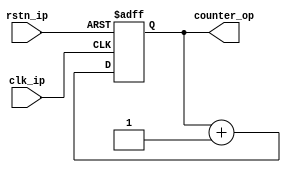
module hardware_counter(
    input clk_ip,
    input rstn_ip,
    output [31:0] counter_op
);

    reg [31:0] cycles;

    always @(posedge clk_ip or negedge rstn_ip) begin
        if(!rstn_ip)begin
            cycles <= 32'd0;
        end else begin
            cycles <= cycles + 1;
        end
    end

    assign counter_op = cycles;

endmodule